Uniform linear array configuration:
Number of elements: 48
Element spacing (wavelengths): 1
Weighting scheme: binomial
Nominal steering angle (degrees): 60
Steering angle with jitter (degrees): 58.591
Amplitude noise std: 0.05
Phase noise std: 0.05

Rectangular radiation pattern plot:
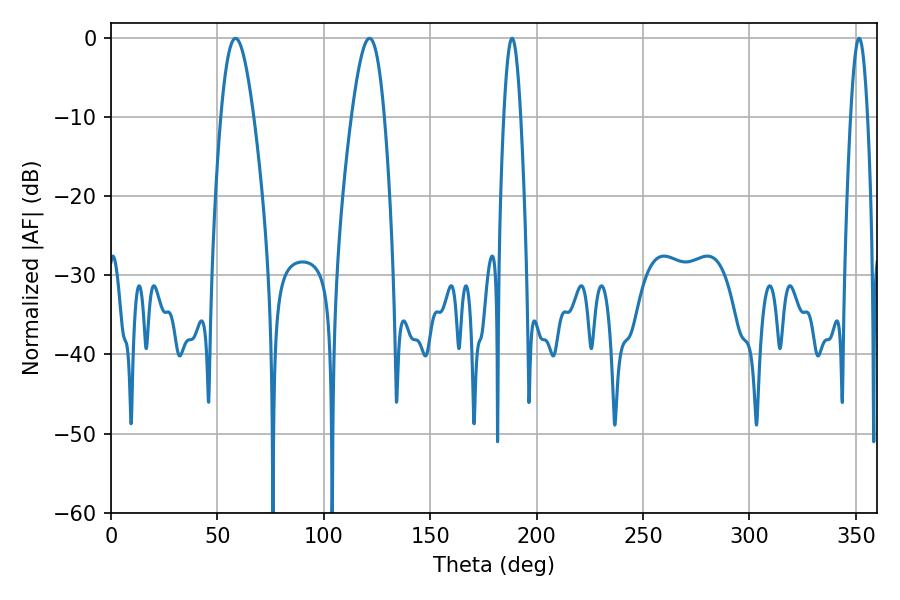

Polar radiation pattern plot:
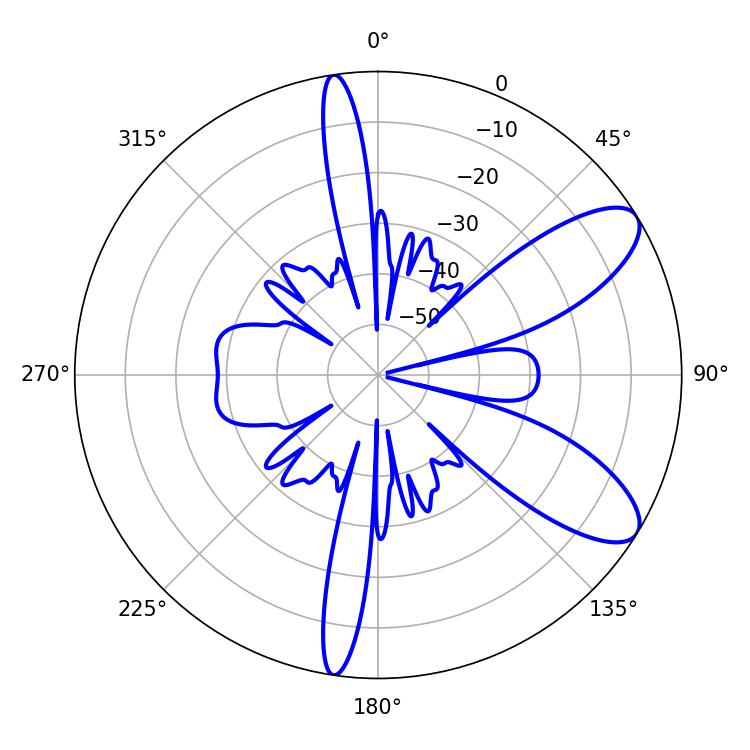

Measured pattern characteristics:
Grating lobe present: TRUE
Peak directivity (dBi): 9.119
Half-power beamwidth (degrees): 4.32
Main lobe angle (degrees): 351.54